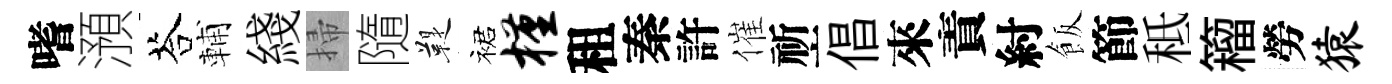
嗜澦荅輔綫掃隨鞮裙槿租秦許催祈倡來責紂飯節秪籕勞猿